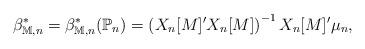
LaTeX: \begin{align*}\beta_{\mathbb{M}, n}^* = \beta_{\mathbb{M}, n}^*(\mathbb{P}_n) = \left(X_n[M]'X_n[M]\right)^{-1} X_n[M]' \mu_n,\end{align*}